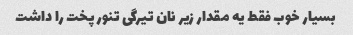
بسیار خوب فقط یه مقدار زیر نان تیرگی تنور پخت را داشت